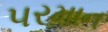
પરમાન